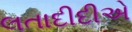
લતાદીદીએ